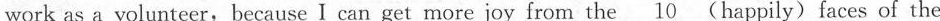
work as a volunteer,because I can get more joy from the \underline{10} (happily) faces of the